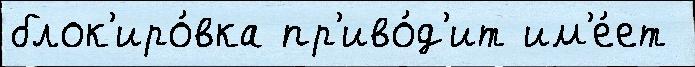
блок'иро́вка пр'иво́д'ит им'е́ет